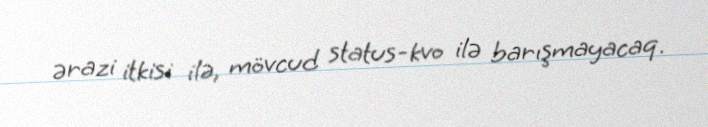
ərazi itkisi ilə, mövcud status-kvo ilə barışmayacaq.